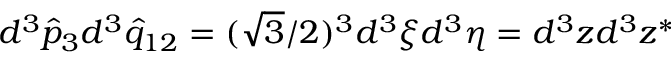
d ^ { 3 } { \hat { p } } _ { 3 } d ^ { 3 } { \hat { q } } _ { 1 2 } = ( { \sqrt 3 } / 2 ) ^ { 3 } d ^ { 3 } \xi d ^ { 3 } \eta = d ^ { 3 } z d ^ { 3 } z ^ { * }